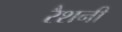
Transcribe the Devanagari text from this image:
रैशनी